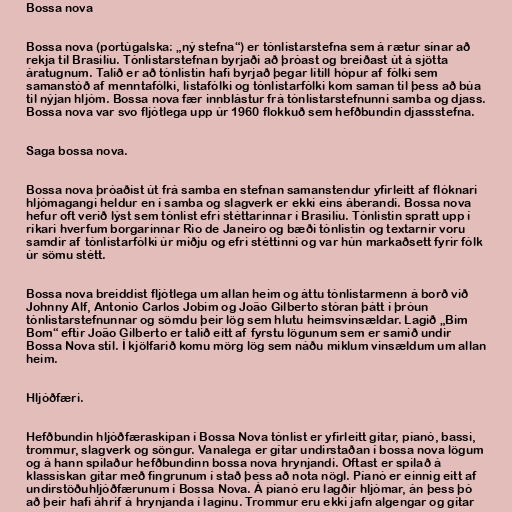
Bossa nova

Bossa nova (portúgalska: „ný stefna“) er tónlistarstefna sem á rætur sínar að
rekja til Brasilíu. Tónlistarstefnan byrjaði að þróast og breiðast út á sjötta
áratugnum. Talið er að tónlistin hafi byrjað þegar lítill hópur af fólki sem
samanstóð af menntafólki, listafólki og tónlistarfólki kom saman til þess að búa
til nýjan hljóm. Bossa nova fær innblástur frá tónlistarstefnunni samba og djass.
Bossa nova var svo fljótlega upp úr 1960 flokkuð sem hefðbundin djassstefna.

Saga bossa nova.

Bossa nova þróaðist út frá samba en stefnan samanstendur yfirleitt af flóknari
hljómagangi heldur en í samba og slagverk er ekki eins áberandi. Bossa nova
hefur oft verið lýst sem tónlist efri stéttarinnar í Brasilíu. Tónlistin spratt upp í
ríkari hverfum borgarinnar Rio de Janeiro og bæði tónlistin og textarnir voru
samdir af tónlistarfólki úr miðju og efri stéttinni og var hún markaðsett fyrir fólk
úr sömu stétt.

Bossa nova breiddist fljótlega um allan heim og áttu tónlistarmenn á borð við
Johnny Alf, Antonio Carlos Jobim og João Gilberto stóran þátt í þróun
tónlistarstefnunnar og sömdu þeir lög sem hlutu heimsvinsældar. Lagið „Bim
Bom“ eftir João Gilberto er talið eitt af fyrstu lögunum sem er samið undir
Bossa Nova stíl. Í kjölfarið komu mörg lög sem náðu miklum vinsældum um allan
heim.

Hljóðfæri.

Hefðbundin hljóðfæraskipan í Bossa Nova tónlist er yfirleitt gítar, píanó, bassi,
trommur, slagverk og söngur. Vanalega er gítar undirstaðan í bossa nova lögum
og á hann spilaður hefðbundinn bossa nova hrynjandi. Oftast er spilað á
klassískan gítar með fingrunum í stað þess að nota nögl. Píanó er einnig eitt af
undirstöðuhljóðfærunum í Bossa Nova. Á píanó eru lagðir hljómar, án þess þó
að þeir hafi áhrif á hrynjanda í laginu. Trommur eru ekki jafn algengar og gítar